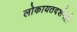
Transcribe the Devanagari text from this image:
लोकायतदर्शनही